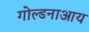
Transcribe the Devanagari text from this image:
गोल्डनाआय